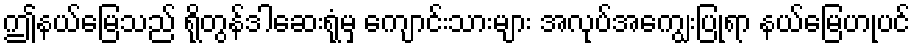
ဤနယ်မြေသည် ရိုတွန်ဒါဆေးရုံမှ ကျောင်းသားများ အလုပ်အကျွေးပြုရာ နယ်မြေဟုပင်